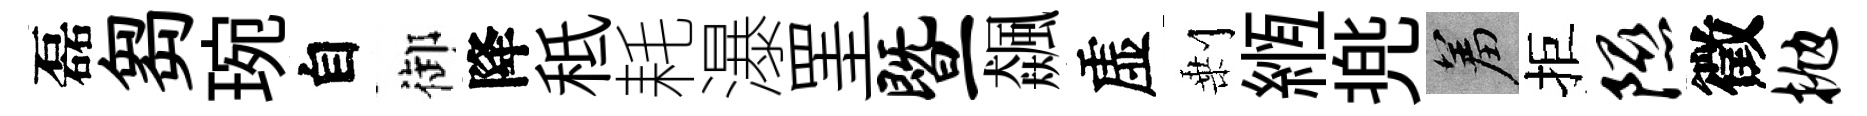
磊芻琬自御降秪耗瀑罣暨飆虚剰縆兠羞拒隰徵抛